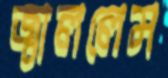
জ্বাললেম